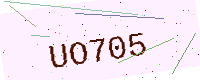
Text: UO705